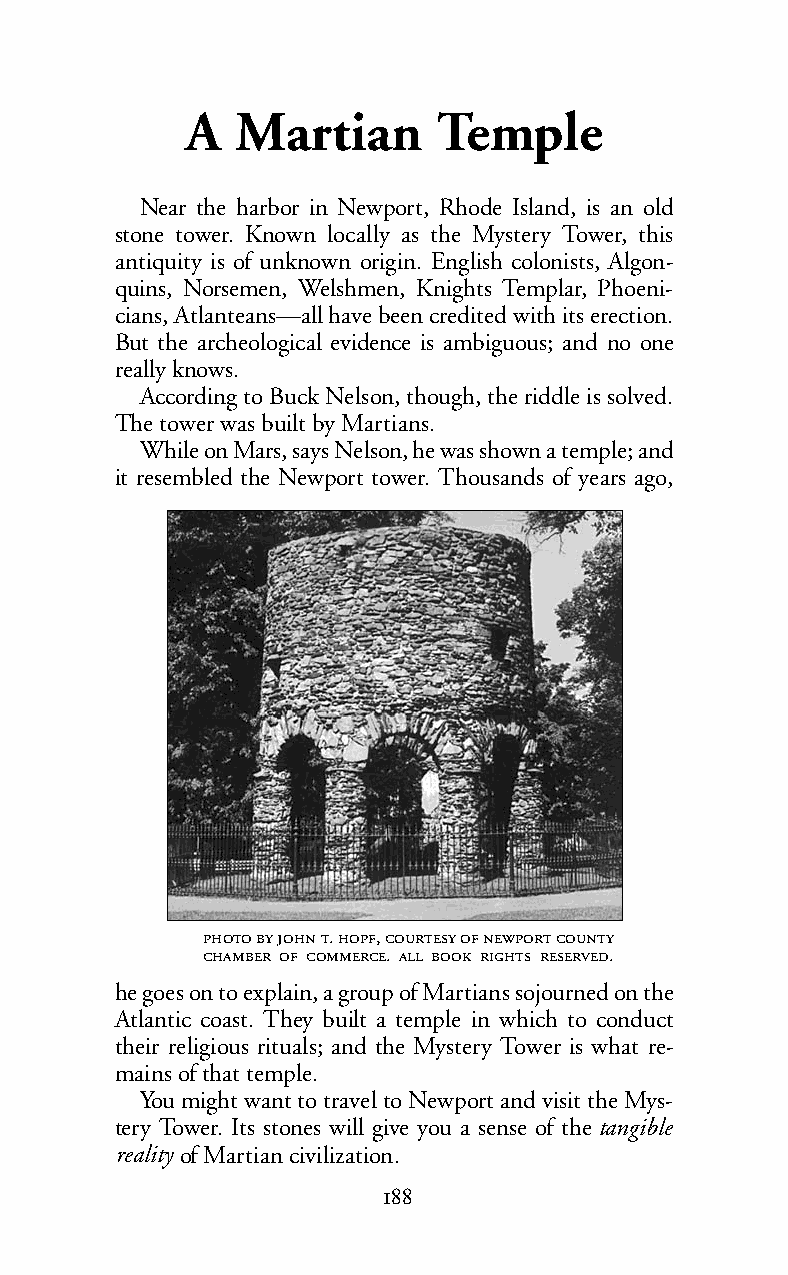
A   Martian      Temple
 Near the harbor in Newport, Rhode Island, is an old
 stone tower. Known locally as the Mystery Tower, this
 antiquity is of unknown origin. English colonists, Algon-
 quins, Norsemen, Welshmen, Knights Templar, Phoeni-
 cians, Atlanteans—all have been credited with its erection.
 But the archeological evidence is ambiguous; and no one
 really knows.
 According to Buck Nelson, though, the riddle is solved.
 The tower was built by Martians.
 While onMars, says Nelson, he was shown a temple; and
 it resembled the Newport tower. Thousands of years ago,
    . ,    
   .    .
 hegoeson to explain, a group of Martians sojourned on the
 Atlantic coast. They built a temple in which to conduct
 their religious rituals; and the Mystery Tower is what re-
 mains of that temple.
 You might want to travel to Newport and visit the Mys-
 tery Tower. Its stones will give you a sense of the tangible
 reality of Martian civilization.
 